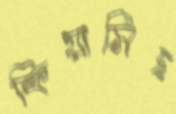
ক্রিয়াসিদ্ধ